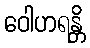
ဝေါဟရန္တိ